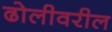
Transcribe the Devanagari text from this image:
ढोलीवरील